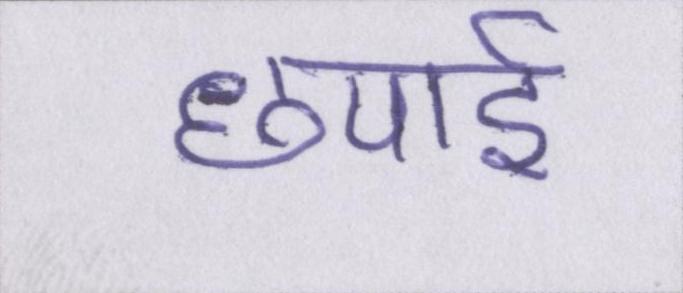
छपाई